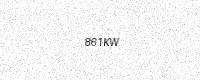
Text: 861KW